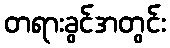
တရားခွင်အတွင်း